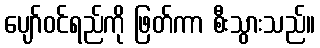
ပျော်ဝင်ရည်ကို ဖြတ်ကာ စီးသွားသည်။